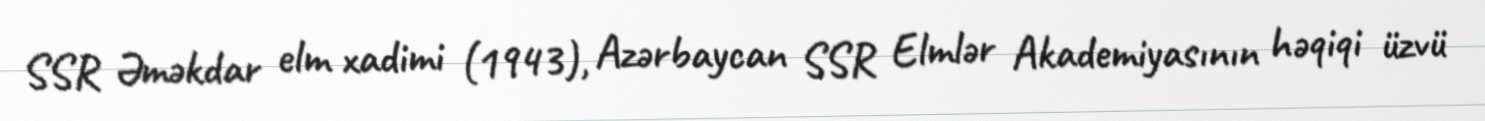
SSR Əməkdar elm xadimi (1943), Azərbaycan SSR Elmlər Akademiyasının həqiqi üzvü